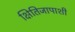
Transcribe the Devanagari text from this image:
क्षितिजापाशी